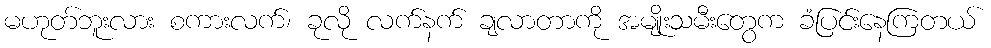
မဟုတ်ဘူးလား စကားလက်၊ ခုလို လက်နက် ချလာတာကို အမျိုးသမီးတွေက ခံပြင်းနေကြတယ်